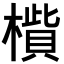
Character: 𣚁